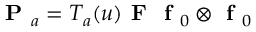
\textbf { P } _ { a } = T _ { a } ( u ) \textbf { F } \textbf { f } _ { 0 } \otimes \textbf { f } _ { 0 }